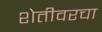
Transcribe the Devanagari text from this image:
शेतीवरचा